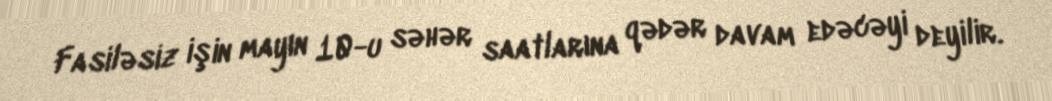
Fasiləsiz işin mayın 10-u səhər saatlarına qədər davam edəcəyi deyilir.